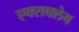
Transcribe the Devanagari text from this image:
एक्सक्लेव